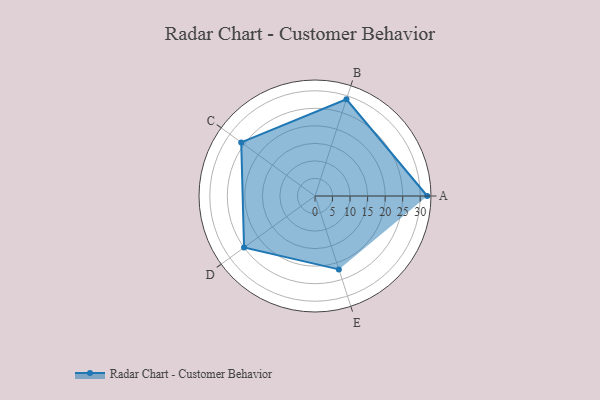
{"axis": {"x": "Skill", "y": "Score"}, "legend": ["Profile"], "data": [{"x": "A", "y": 32.0, "type": "Profile"}, {"x": "B", "y": 29.0, "type": "Profile"}, {"x": "C", "y": 26.0, "type": "Profile"}, {"x": "D", "y": 25.0, "type": "Profile"}, {"x": "E", "y": 22.0, "type": "Profile"}]}